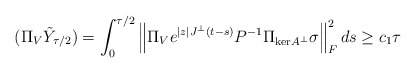
\begin{align*}\begin{aligned}(\Pi_V \tilde{Y}_{\tau/2}) &= \int_0^{\tau/2} \left\| \Pi_V e^{|z| J^\perp (t-s)}P^{-1}\Pi_{\mathrm{ker}A^\perp} \sigma \right\|_F^2 ds \ge c_1 \tau\end{aligned}\end{align*}